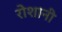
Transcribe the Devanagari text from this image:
रोशानी